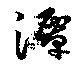
潭